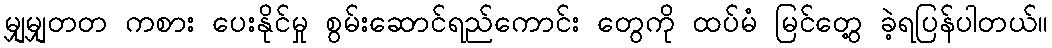
မျှမျှတတ ကစား ပေးနိုင်မှု စွမ်းဆောင်ရည်ကောင်း တွေကို ထပ်မံ မြင်တွေ့ ခဲ့ရပြန်ပါတယ်။